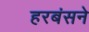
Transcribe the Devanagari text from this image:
हरबंसने